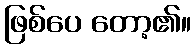
ဖြစ်ပေ တော့၏။